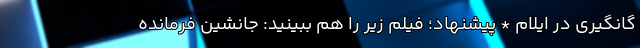
گانگیری در ایلام * پیشنهاد؛ فیلم‌ زیر را هم ببینید: جانشین فرمانده